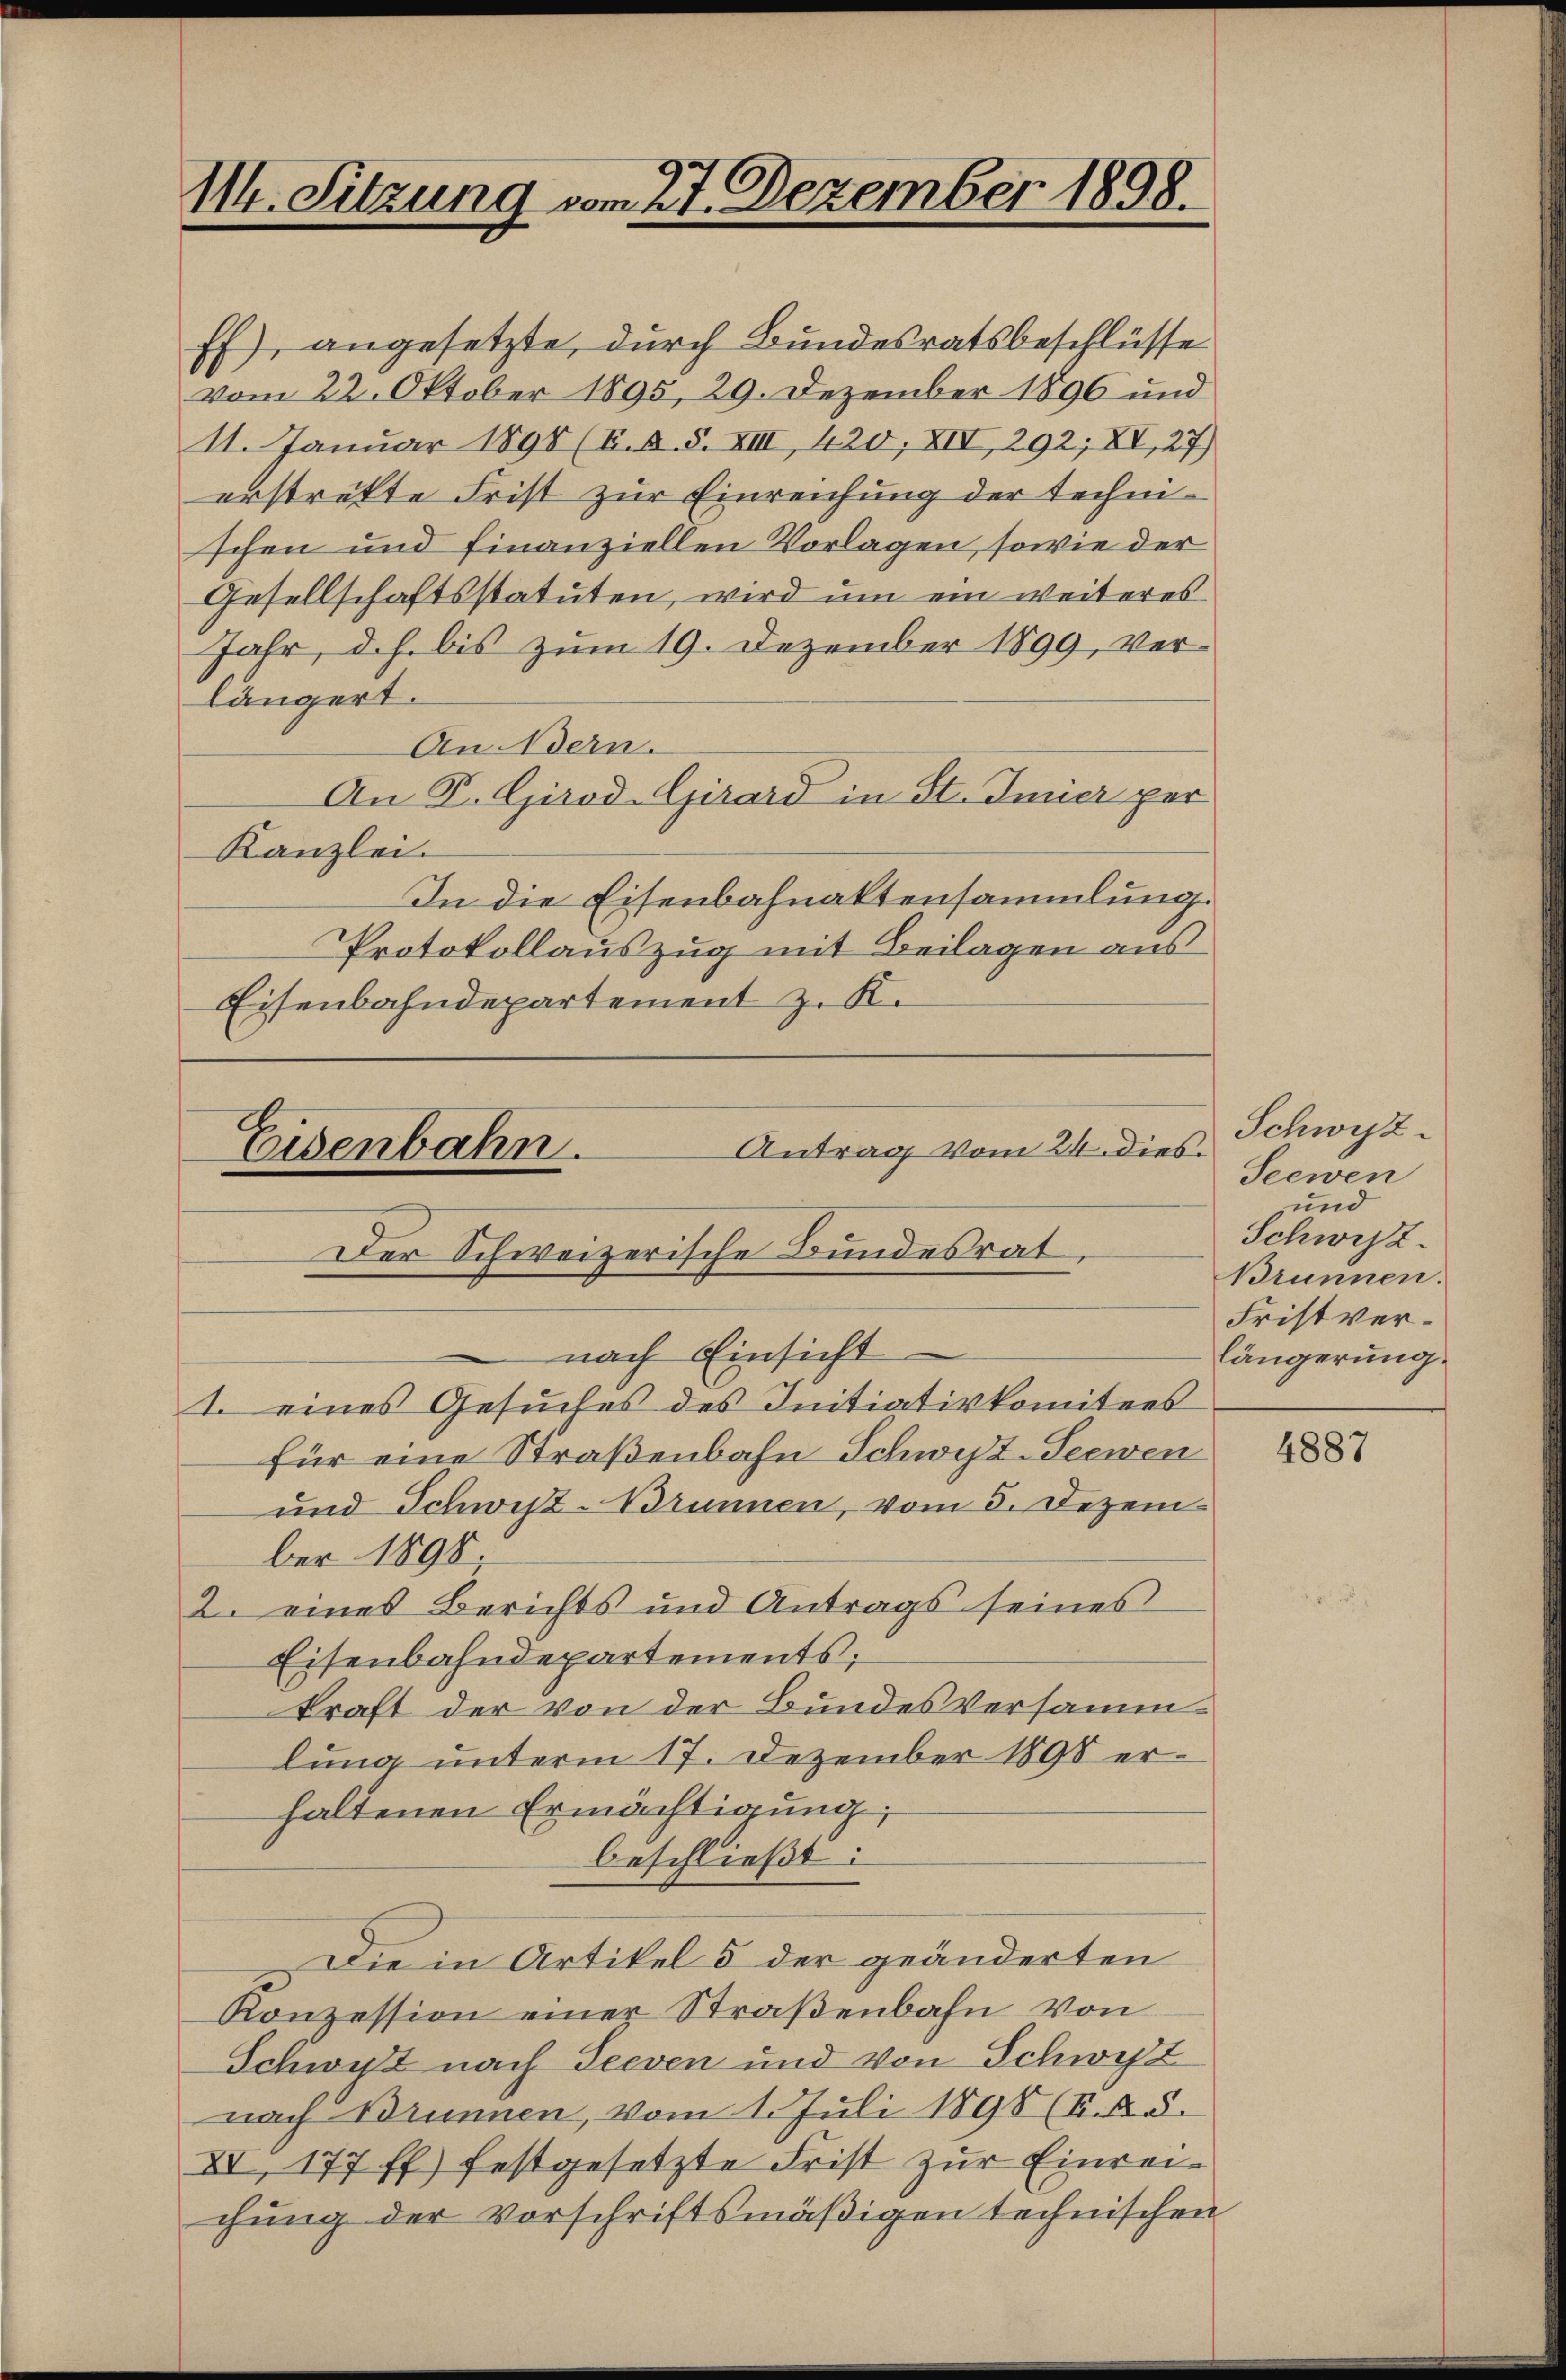
114. Sitzung vom 27. Dezember 1898.

Ef), angesetzte, durch Bundesratsbeschlüsse
vom 22. Oktober 1895, 29. Dezember 1896 und
11. Januar 1891 (K. A. S. XIII, 420; XIV, 292; XV, 27)
erstrekte Frist zur Einreichung der technischen und finanziellen Vorlagen, sowie der
Gesellschaftsstatuten, wird um ein weiteres
Jahr, d. h. bis zum 19. Dezember 1899, verlängert.
An Vern.
An P. Girod-Girard in St. Imier per
Kanzlei.
In die Eisenbahnaktensammlung.
Protokollauszug mit Beilagen aus
Eisenbahndepartement z. K.

nach Einsicht
1. eines Gesuches des Initiativkomitees
für eine Straßenbahn Schwest-Teewen
und Schwest-Brunnen, vom 3. Dezem
ber 1898
2. eines Berichts und Antrags seines
Eisenbahndepartements;
kraft der von der Bundes Versamm
lung unterm 17. Dezember 1890 erhaltenen Ermächtigung,
beschließt:
Die in Artikel 5 der geänderten
Konzession einer Straßenbahn von
Schwyz nach Seeven und von Schwyz
nach Brunnen, vom 1. Juli 1898 (I. A. S.
XI. 177 ff.) festgesetzte Frist zur Einreichung der Vorschriftsmäßigen technischen

Antrag vom 24. dies.
Eisenbahn.
Der Schweizerische Bundesrat

Schwyz
Seewen
und
Schwist
Brunnen.
Fristverlängerung.

4887